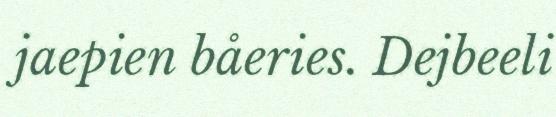
jaepien båeries. Dejbeeli